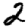
Digit: 2